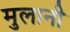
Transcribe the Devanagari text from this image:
मुलानी